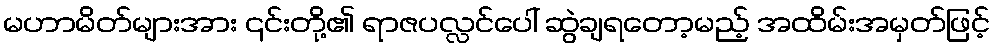
မဟာမိတ်များအား ၎င်းတို့၏ ရာဇပလ္လင်ပေါ် ဆွဲချရတော့မည့် အထိမ်းအမှတ်ဖြင့်